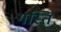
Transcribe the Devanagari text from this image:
गस्ति